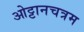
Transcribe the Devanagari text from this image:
ओट्टानचत्रम